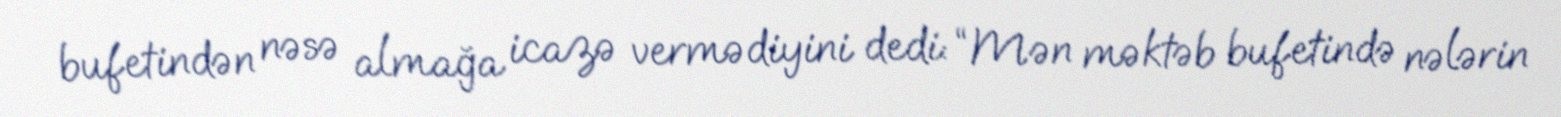
bufetindən nəsə almağa icazə vermədiyini dedi: “Mən məktəb bufetində nələrin